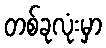
တစ်ခုလုံးမှာ